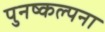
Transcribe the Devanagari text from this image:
पुनष्कल्पना